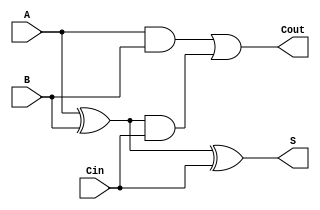
module CarryLookaheadFullAdder (
    input wire A,      // First input bit
    input wire B,      // Second input bit
    input wire Cin,    // Carry-in bit
    output wire S,     // Sum output
    output wire Cout   // Carry-out output
);

    // Internal signals for Generate and Propagate
    wire G;           // Generate
    wire P;           // Propagate

    // Generate and Propagate logic
    assign G = A & B;     // Generate: G = A AND B
    assign P = A ^ B;     // Propagate: P = A XOR B

    // Carry-out logic
    assign Cout = G | (P & Cin); // Cout = G + (P AND Cin)

    // Sum logic
    assign S = P ^ Cin;   // S = P XOR Cin

endmodule